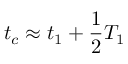
t _ { c } \approx t _ { 1 } + \frac { 1 } { 2 } T _ { 1 }